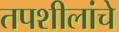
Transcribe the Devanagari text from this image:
तपशीलांचे